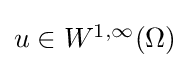
{\textstyle u\in W^{1,\infty }(\Omega )}